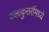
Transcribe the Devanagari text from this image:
कलाकुसरींमध्ये